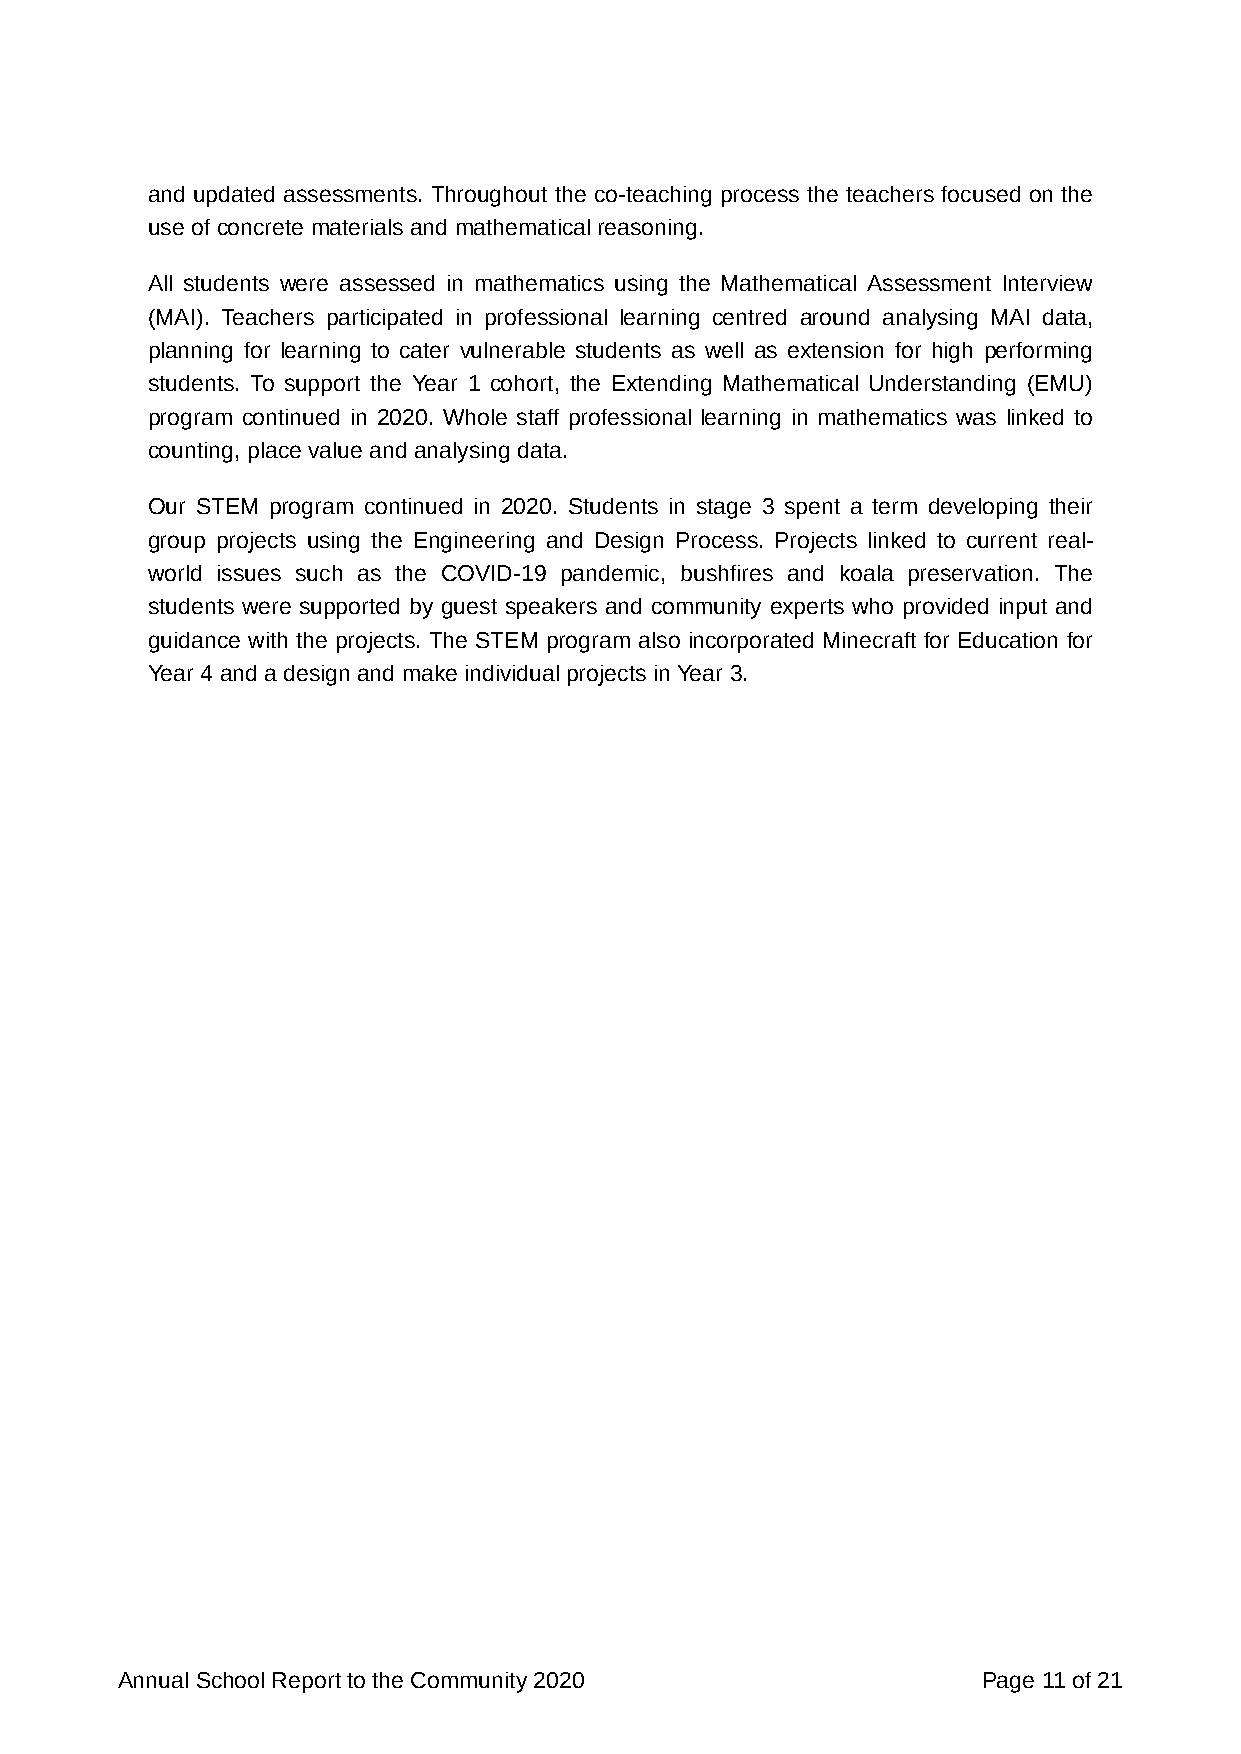
and updated assessments. Throughout the co-teaching process the teachers focused on the
 use of concrete materials and mathematical reasoning.
 All students were assessed in mathematics using the Mathematical Assessment Interview
 (MAI). Teachers participated in professional learning centred around analysing MAI data,
 planning for learning to cater vulnerable students as well as extension for high performing
 students. To support the Year 1 cohort, the Extending Mathematical Understanding (EMU)
 program continued in 2020. Whole staff professional learning in mathematics was linked to
 counting, place value and analysing data.
 Our STEM program continued in 2020. Students in stage 3 spent a term developing their
 group projects using the Engineering and Design Process. Projects linked to current real-
 world issues such as the COVID-19 pandemic, bushfires and koala preservation. The
 students were supported by guest speakers and community experts who provided input and
 guidance with the projects. The STEM program also incorporated Minecraft for Education for
 Year 4 and a design and make individual projects in Year 3.
 Annual School Report to the Community 2020               Page 11 of 21